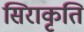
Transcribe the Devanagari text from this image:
सिराकृति